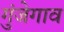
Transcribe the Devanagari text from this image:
गुंजेगाव